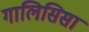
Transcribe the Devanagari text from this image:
गालिसिसा